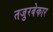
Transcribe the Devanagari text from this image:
तजुरबेकार